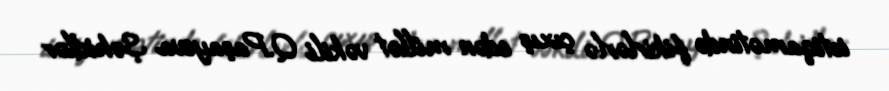
istiqamətində fikirlərlə çıxış edən millət vəkili Q.Paşayeva Şəhidlər